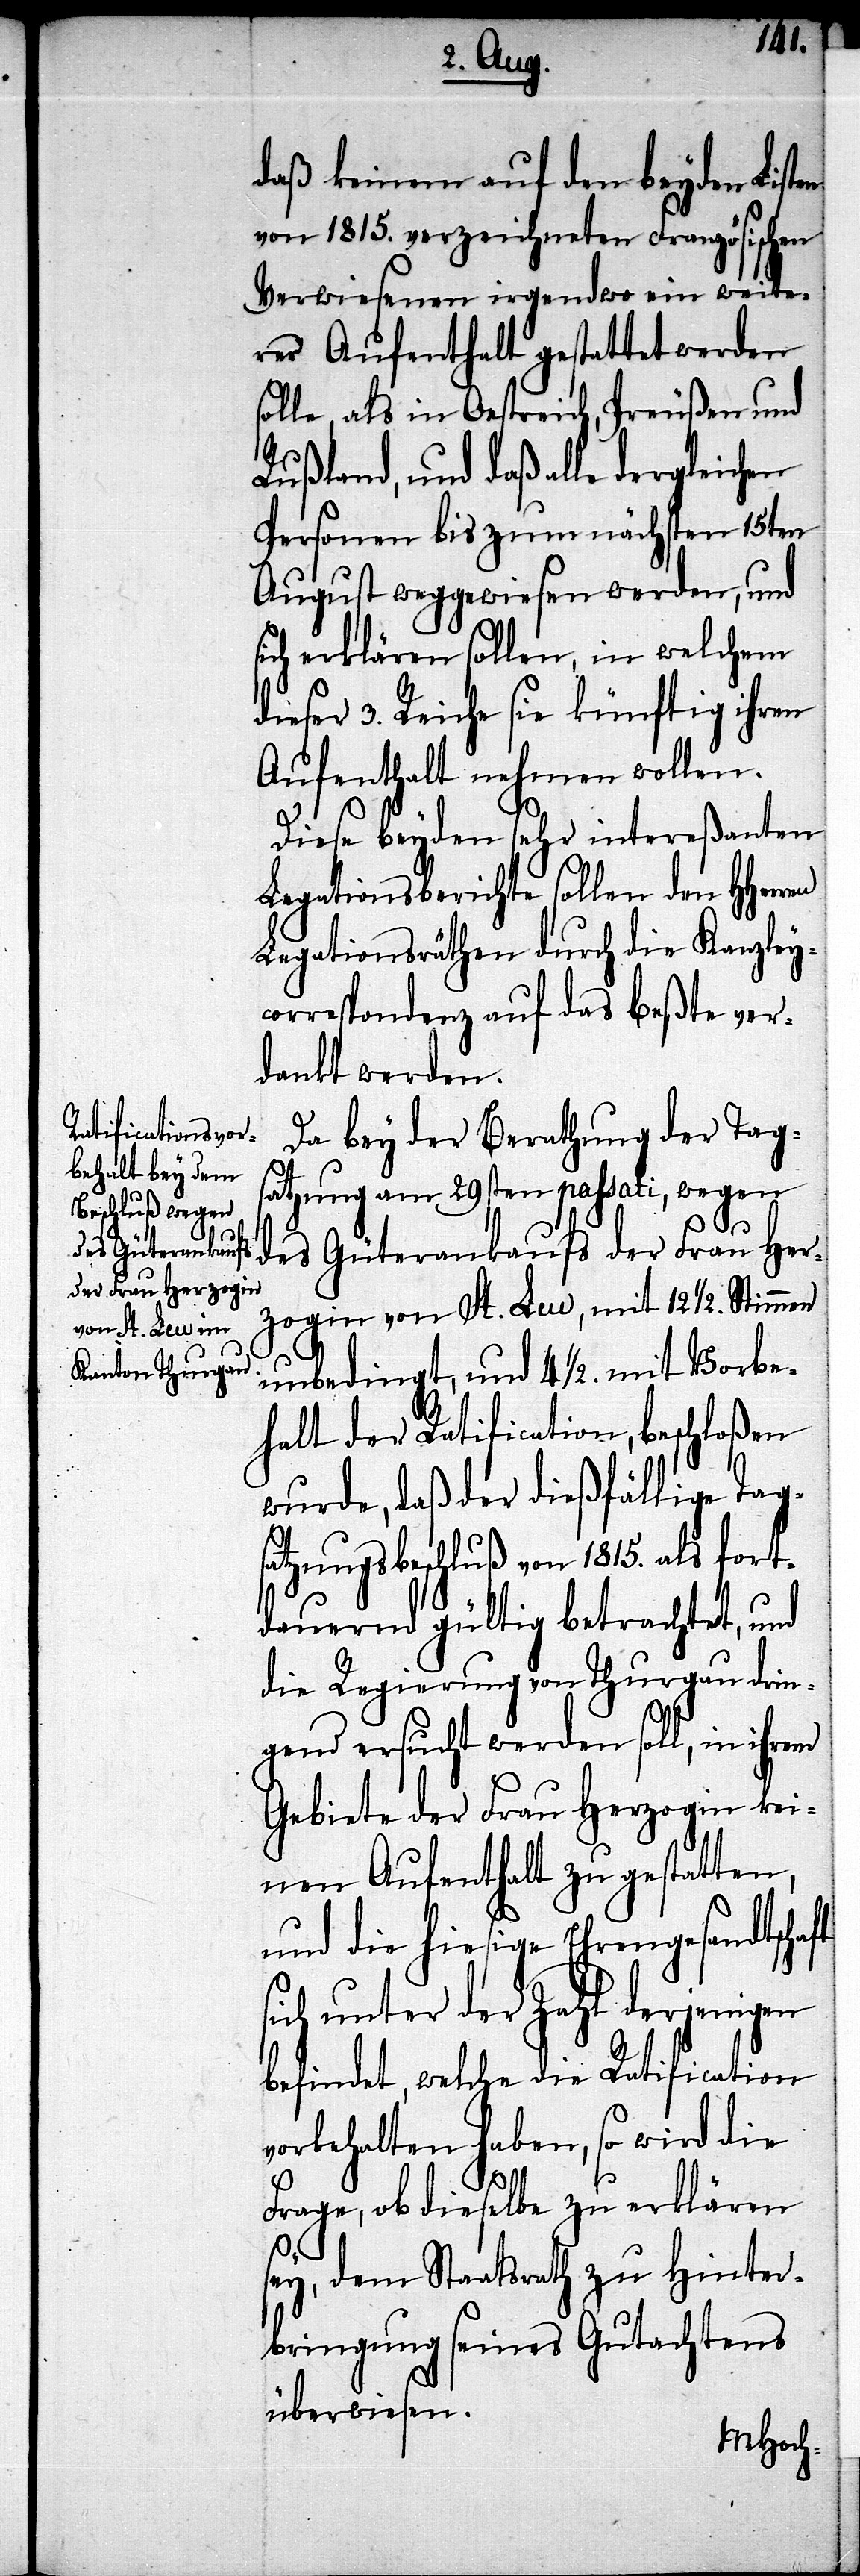
daß keinem auf den beyden Listen
von 1815. verzeichneten Französischen
Verwiesenen irgendwo ein weite¬
rer Aufenthalt gestattet werden
solle, als in Oestreich, Preußen und
Rußland, und daß alle dergleichen
Personen bis zum nächsten 15ten
August weggewiesen werden, und
sich erklären sollen, in welchem
dieser 3. Reiche sie künftig ihren
Aufenthalt nehmen wollen.
Diese beyden sehr intereßanten
Legationsberichte sollen den HHerren
Legationsräthen durch die Kanzleyc¬
orrespondenz auf das beßte ver¬
dankt werden.
Da bey der Berathung der Tag¬
satzung am 29sten passati, wegen
des Güterankaufs der Frau Her¬
zogin von St. Leu, mit 12 1/2. Stimmen
unbedingt, und 4 1/2. mit Vorbe¬
halt der Ratification, beschloßen
wurde, daß der dießfällige Tags¬
atzungsbeschluß von 1815. als fort¬
dauernd gültig betrachtet, und
die Regierung von Thurgau drin¬
gend ersucht werden soll, in ihrem
Gebiete der Frau Herzogin kei¬
nen Aufenthalt zu gestatten,
und die hiesige Ehrengesandtschaft
sich unter der Zahl derjenigen
befindet, welche die Ratification
vorbehalten haben, so wird die
Frage, ob dieselbe zu erklären
sey, dem Staatsrath zu Hinter¬
bringung seines Gutachtens
überwiesen.